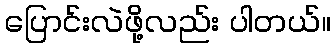
ပြောင်းလဲဖို့လည်း ပါတယ်။